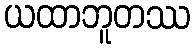
ယထာဘူတဿ